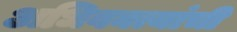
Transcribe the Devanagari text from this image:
अधिवक्त्यांची